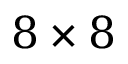
8 \times 8